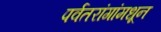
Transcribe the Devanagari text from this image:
पर्वतरांगांमधून